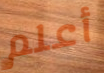
أعلم